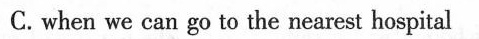
C.when we can go to the nearest hospital